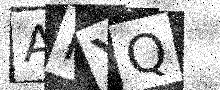
Text: AFYQ